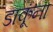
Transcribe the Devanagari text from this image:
डाकूंना